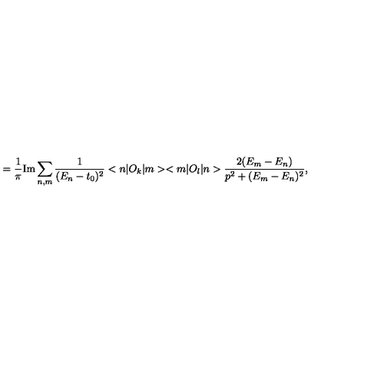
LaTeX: = \frac { 1 } { \pi } \mathrm { I m } \sum _ { n , m } \frac { 1 } { ( E _ { n } - t _ { 0 } ) ^ { 2 } } < n | O _ { k } | m > < m | O _ { l } | n > \frac { 2 ( E _ { m } - E _ { n } ) } { p ^ { 2 } + ( E _ { m } - E _ { n } ) ^ { 2 } } ,